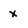
Character: x